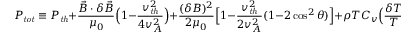
P _ { \mathit { t o t } } \equiv P _ { \mathit { t h } } + \frac { \vec { B } \cdot \delta \vec { B } } { \mu _ { 0 } } \Big ( 1 - \frac { v _ { \mathit { t h } } ^ { 2 } } { 4 v _ { A } ^ { 2 } } \Big ) + \frac { ( \delta B ) ^ { 2 } } { 2 \mu _ { 0 } } \Big [ 1 - \frac { v _ { \mathit { t h } } ^ { 2 } } { 2 v _ { A } ^ { 2 } } ( 1 - 2 \cos ^ { 2 } \theta ) \Big ] + \rho T C _ { v } \Big ( \frac { \delta T } { T } \Big ) ^ { 2 } - \frac { 1 } { 2 \kappa _ { T } } \Big ( \frac { \delta \rho } { \rho } \Big ) ^ { 2 }